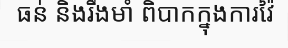
ធន់ និងរឹងមាំ ពិបាកក្នុងការវ៉ៃ